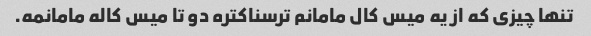
تنها چیزی که از یه میس کال مامانم ترسناکتره دو تا میس کاله مامانمه.